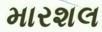
મારશલ